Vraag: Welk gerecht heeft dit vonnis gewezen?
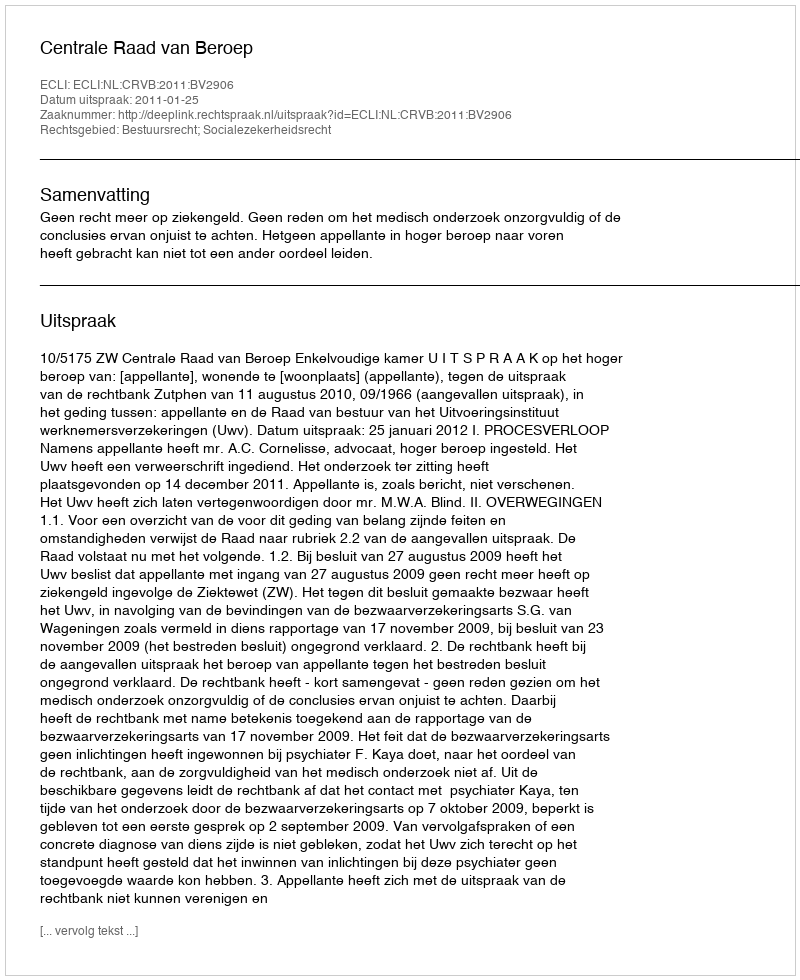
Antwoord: Centrale Raad van Beroep